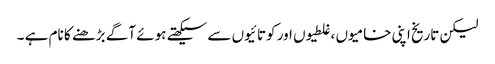
لیکن تاریخ اپنی خامیوں ،غلطیوں اور کوتائیوں سے سیکھتے ہوئے آگے بڑھنے کا نام ہے ۔